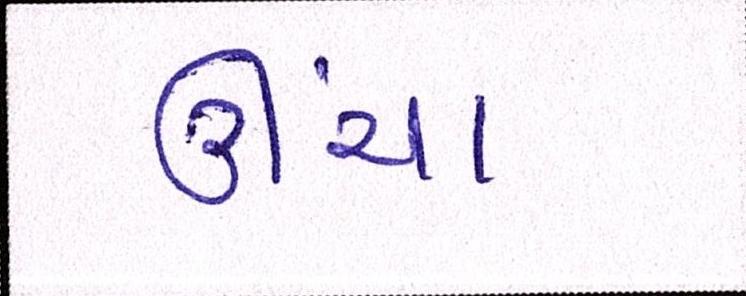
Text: ઊંચા